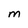
Character: M